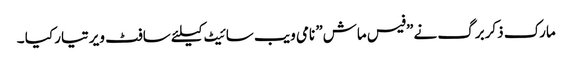
مارک ذکربرگ نے ”فیس ماش” نامی ویب سائیٹ کیلئے سافٹ ویر تیار کیا ۔